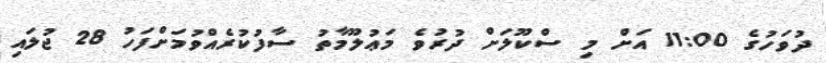
ދުވަހުގެ 11:00 އަށް މި ސްކޫލަށް ދުރުވެ މަޢުލޫމާތު ސާފުކުރެއްވުމަށްފަހު 28 ޖުލައި